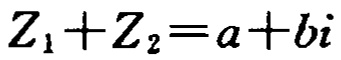
\(Z_{1}+Z_{2}=a + bi\)